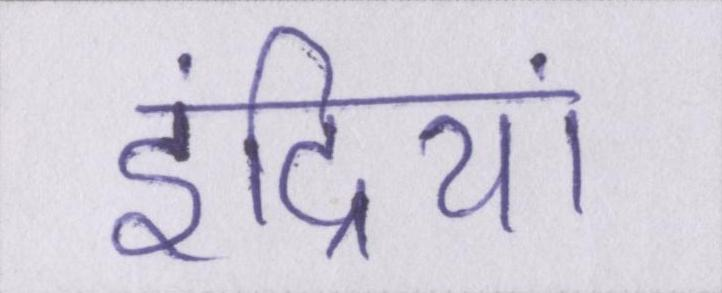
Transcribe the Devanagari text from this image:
इंद्रियां